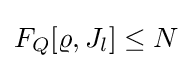
F_{Q}[\varrho ,J_{l}]\leq N